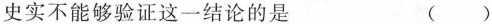
史实不能够验证这一结论的是 ()